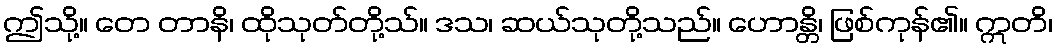
ဤသို့။ တေ တာနိ၊ ထိုသုတ်တို့သ်။ ဒသ၊ ဆယ်သုတို့သည်။ ဟောန္တိ၊ ဖြစ်ကုန်၏။ ဣတိ၊